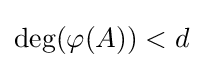
\deg(\varphi (A))<d